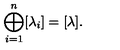
\bigoplus _ { i = 1 } ^ { n } [ \lambda _ { i } ] = [ \lambda ] .